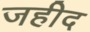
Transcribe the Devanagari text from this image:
जहीद